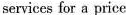
services for a price